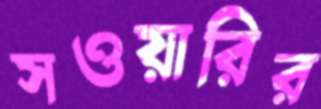
সওয়ারির